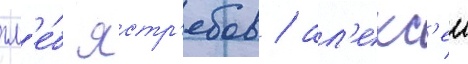
гл'е́б ястр'ебов / ал'екс'еи